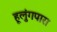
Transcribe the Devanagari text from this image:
हूलुंगपारा